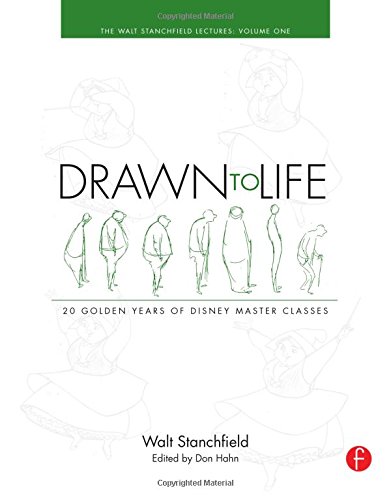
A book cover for Drawn to Life: 20 Golden Years of Disney Master Classes: Volume 1: The Walt Stanchfield Lectures; Walt Stanchfield; Comics & Graphic Novels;